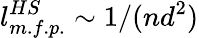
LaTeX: l_{m.f.p.}^{HS}\sim 1/(nd^{2})